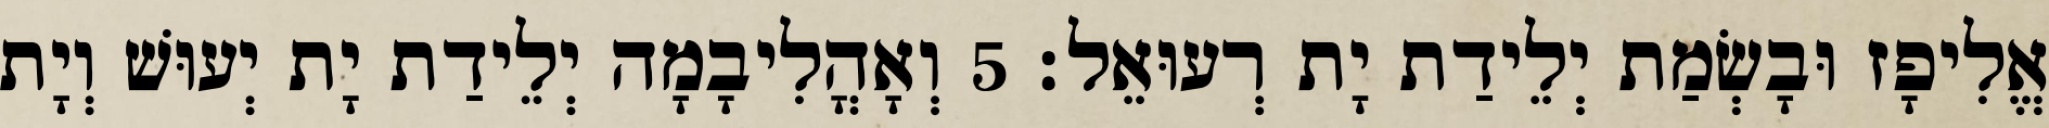
אֱלִיפָז וּבָשְׂמַת יְלֵידַת יָת רְעוּאֵל׃ 5 וְאָהֳלִיבָמָה יְלֵידַת יָת יְעוּשׁ וְיָת